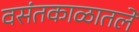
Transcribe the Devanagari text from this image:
वसंतकाळातले